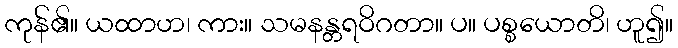
ကုန်၏။ ယထာဟ၊ ကား။ သမနန္တရဝိဂတာ။ ပ။ ပစ္စယောတိ၊ ဟူ၍။